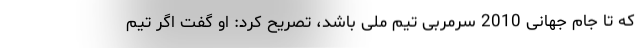
که تا جام جهانی 2010 سرمربی تیم ملی باشد، تصریح کرد: او گفت اگر تیم